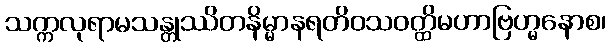
သက္ကလုရာမသန္တုဿိတနိမ္မာနရတိဝသဝတ္ထိမဟာဗြဟ္မနောစ၊